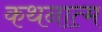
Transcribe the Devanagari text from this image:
कथनात्म